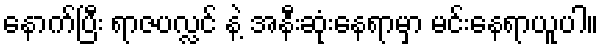
နောက်ပြီး ရာဇပလ္လင် နဲ့ အနီးဆုံးနေရာမှာ မင်းနေရာယူပါ။